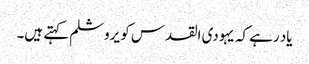
یاد رہے کہ یہودی القدس کو یروشلم کہتے ہیں۔